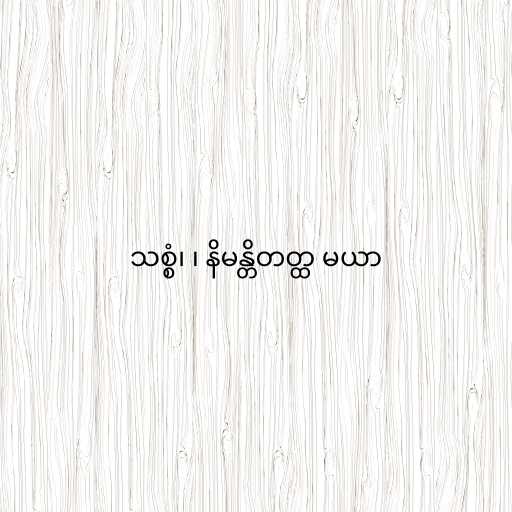
သစ္စံ၊ ၊ နိမန္တိတတ္ထ မယာ